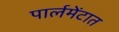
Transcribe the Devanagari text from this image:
पार्लमेंटात